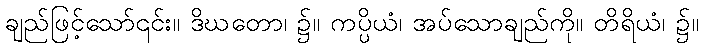
ချည်ဖြင့်သော်၎င်း။ ဒိဃတော၊ ၌။ ကပ္ပိယံ၊ အပ်သောချည်ကို။ တိရိယံ၊ ၌။